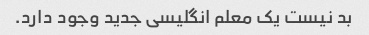
بد نیست یک معلم انگلیسی جدید وجود دارد.